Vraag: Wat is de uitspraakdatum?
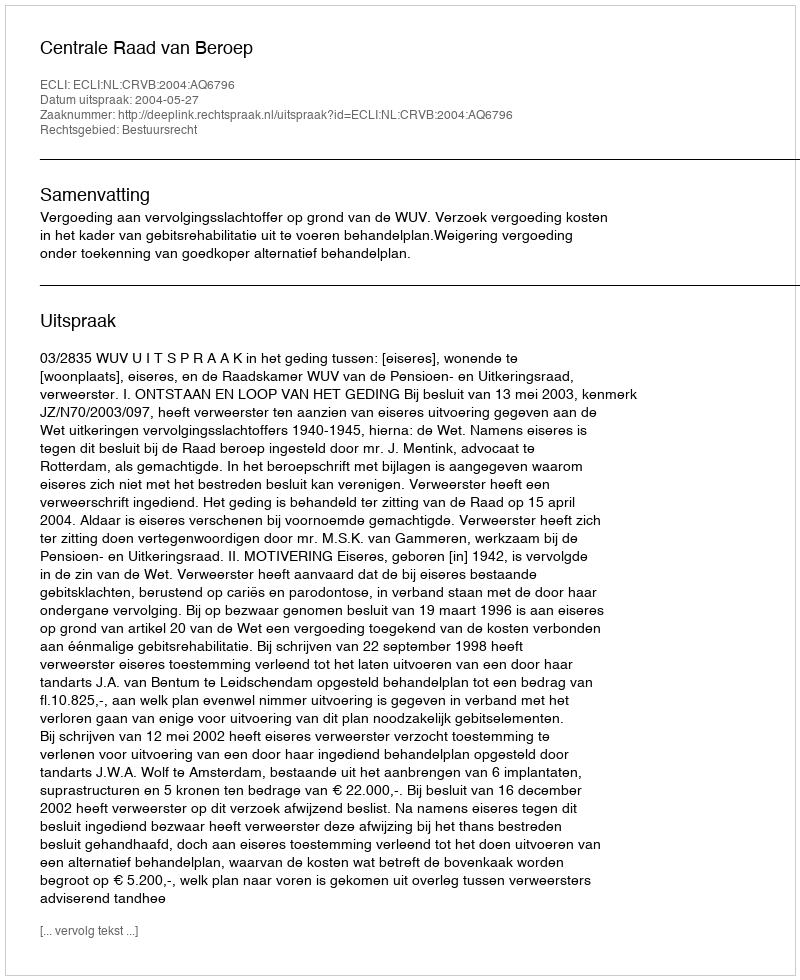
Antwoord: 2004-05-27